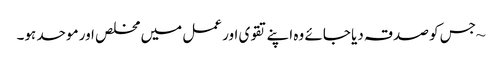
~ جس کو صدقہ دیا جائے وہ اپنےتقوی اور عمل میں مخلص اور موحد ہو۔